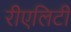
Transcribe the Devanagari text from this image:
रीएलिटी